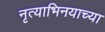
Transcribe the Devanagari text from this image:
नृत्याभिनयाच्या